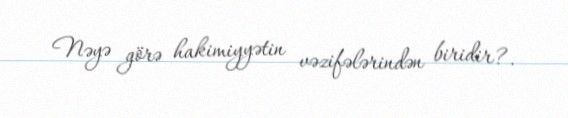
Nəyə görə hakimiyyətin vəzifələrindən biridir?.